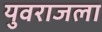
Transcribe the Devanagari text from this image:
युवराजला